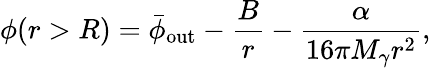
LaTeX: \phi(r>R)=\bar{\phi}_{\mathrm{out}}-\frac{B}{r}-\frac{\alpha}{16\pi M_{\gamma}r^{2}},